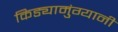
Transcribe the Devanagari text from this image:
किड्यामुंग्यानी